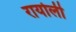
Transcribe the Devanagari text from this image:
रायोली